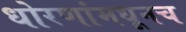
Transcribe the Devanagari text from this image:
धोरणांमधूनच